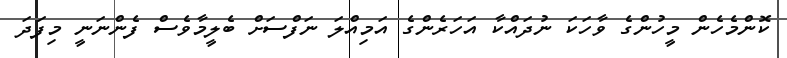
ކޮންމެހެން މީހުންގެ ވާހަކަ ނުދައްކާ އަހަރެންގެ އަމިއްލަ ނަފްސަށް ބެލީމާވެސް ފެންނަނީ މިފަދަ